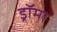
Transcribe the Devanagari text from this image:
ड्रॉमा